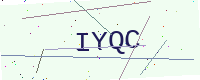
Text: IYQC